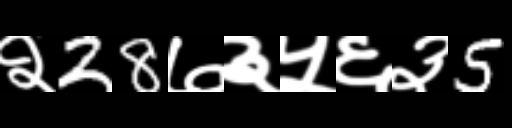
Text: २28७३५६३5